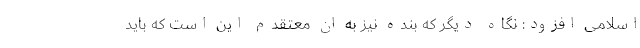
اسلامی افزود: نگاه دیگر که بنده نیز به ان معتقدم این است که باید